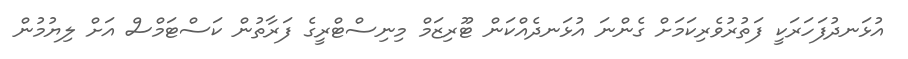
އުޅަނދުފަހަރަކީ ފަތުރުވެރިކަމަށް ގެންނަ އުޅަނދެއްކަން ޓޫރިޒަމް މިނިސްޓްރީގެ ފަރާތުން ކަސްޓަމްސް އަށް ލިޔުމުން